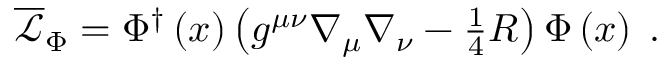
\begin{array} { r } { \overline { { \mathcal { L } } } _ { \Phi } = \Phi ^ { \dag } \left( x \right) \left( g ^ { \mu \nu } \nabla _ { \mu } \nabla _ { \nu } - \frac { 1 } { 4 } R \right) \Phi \left( x \right) \; . } \end{array}